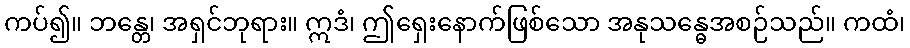
ကပ်၍။ ဘန္တေ၊ အရှင်ဘုရား။ ဣဒံ၊ ဤရှေးနောက်ဖြစ်သော အနုသန္ဓေအစဉ်သည်။ ကထံ၊